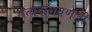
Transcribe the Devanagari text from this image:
सत्यनारायणजी